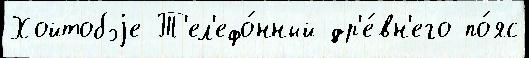
Хойтобэjе Т'ел'ефо́нный др'е́вн'его по́яс